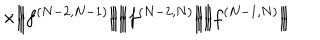
LaTeX: \times \Big | \! \Big | \! \Big | f ^ { ( N - 2 , N - 1 ) } \Big | \! \Big | \! \Big | \Big | \! \Big | \! \Big | f ^ { ( N - 2 , N ) } \Big | \! \Big | \! \Big | \Big | \! \Big | \! \Big | f ^ { ( N - 1 , N ) } \Big | \! \Big | \! \Big |